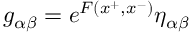
g _ { \alpha \beta } = e ^ { F ( x ^ { + } , x ^ { - } ) } \eta _ { \alpha \beta }